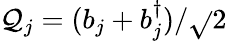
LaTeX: \mathcal{Q}_{j}=(b_{j}+b_{j}^{\dagger})/\sqrt{}{{2}}